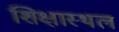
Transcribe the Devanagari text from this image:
शिक्षास्थल